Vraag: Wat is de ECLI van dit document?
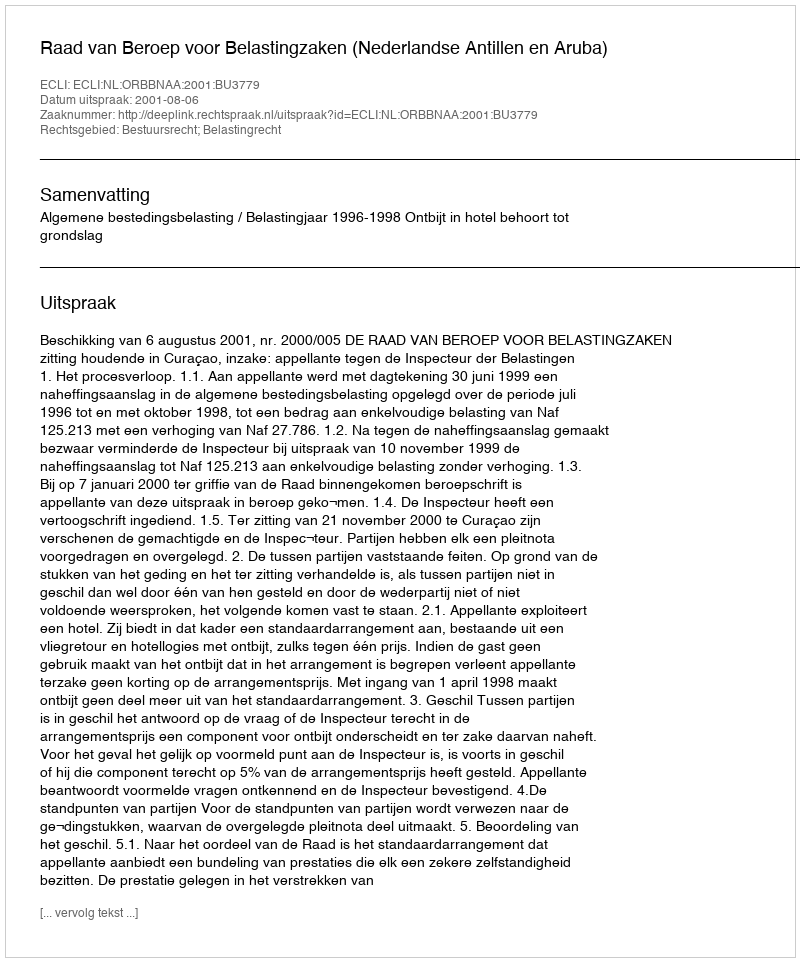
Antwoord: ECLI:NL:ORBBNAA:2001:BU3779